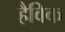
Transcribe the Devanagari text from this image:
हैविक